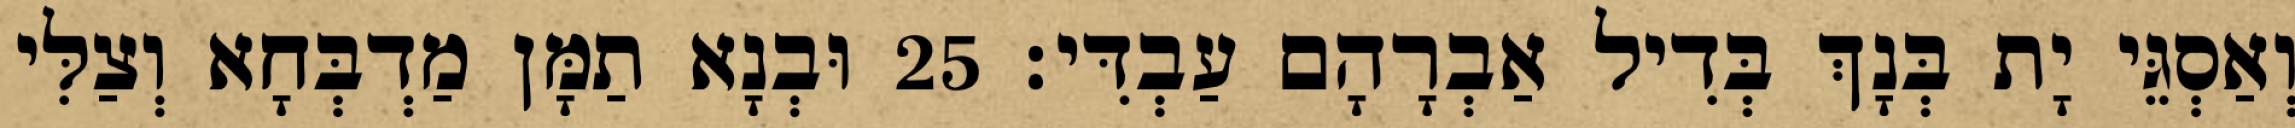
וְאַסְגֵּי יָת בְּנָךְ בְּדִיל אַבְרָהָם עַבְדִּי׃ 25 וּבְנָא תַמָּן מַדְבְּחָא וְצַלִּי